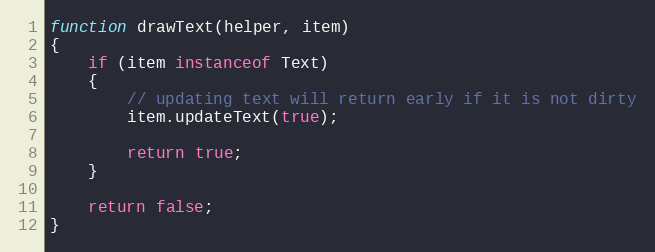
Language: JavaScript
function drawText(helper, item)
{
    if (item instanceof Text)
    {
        // updating text will return early if it is not dirty
        item.updateText(true);

        return true;
    }

    return false;
}